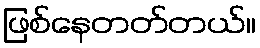
ဖြစ်နေတတ်တယ်။